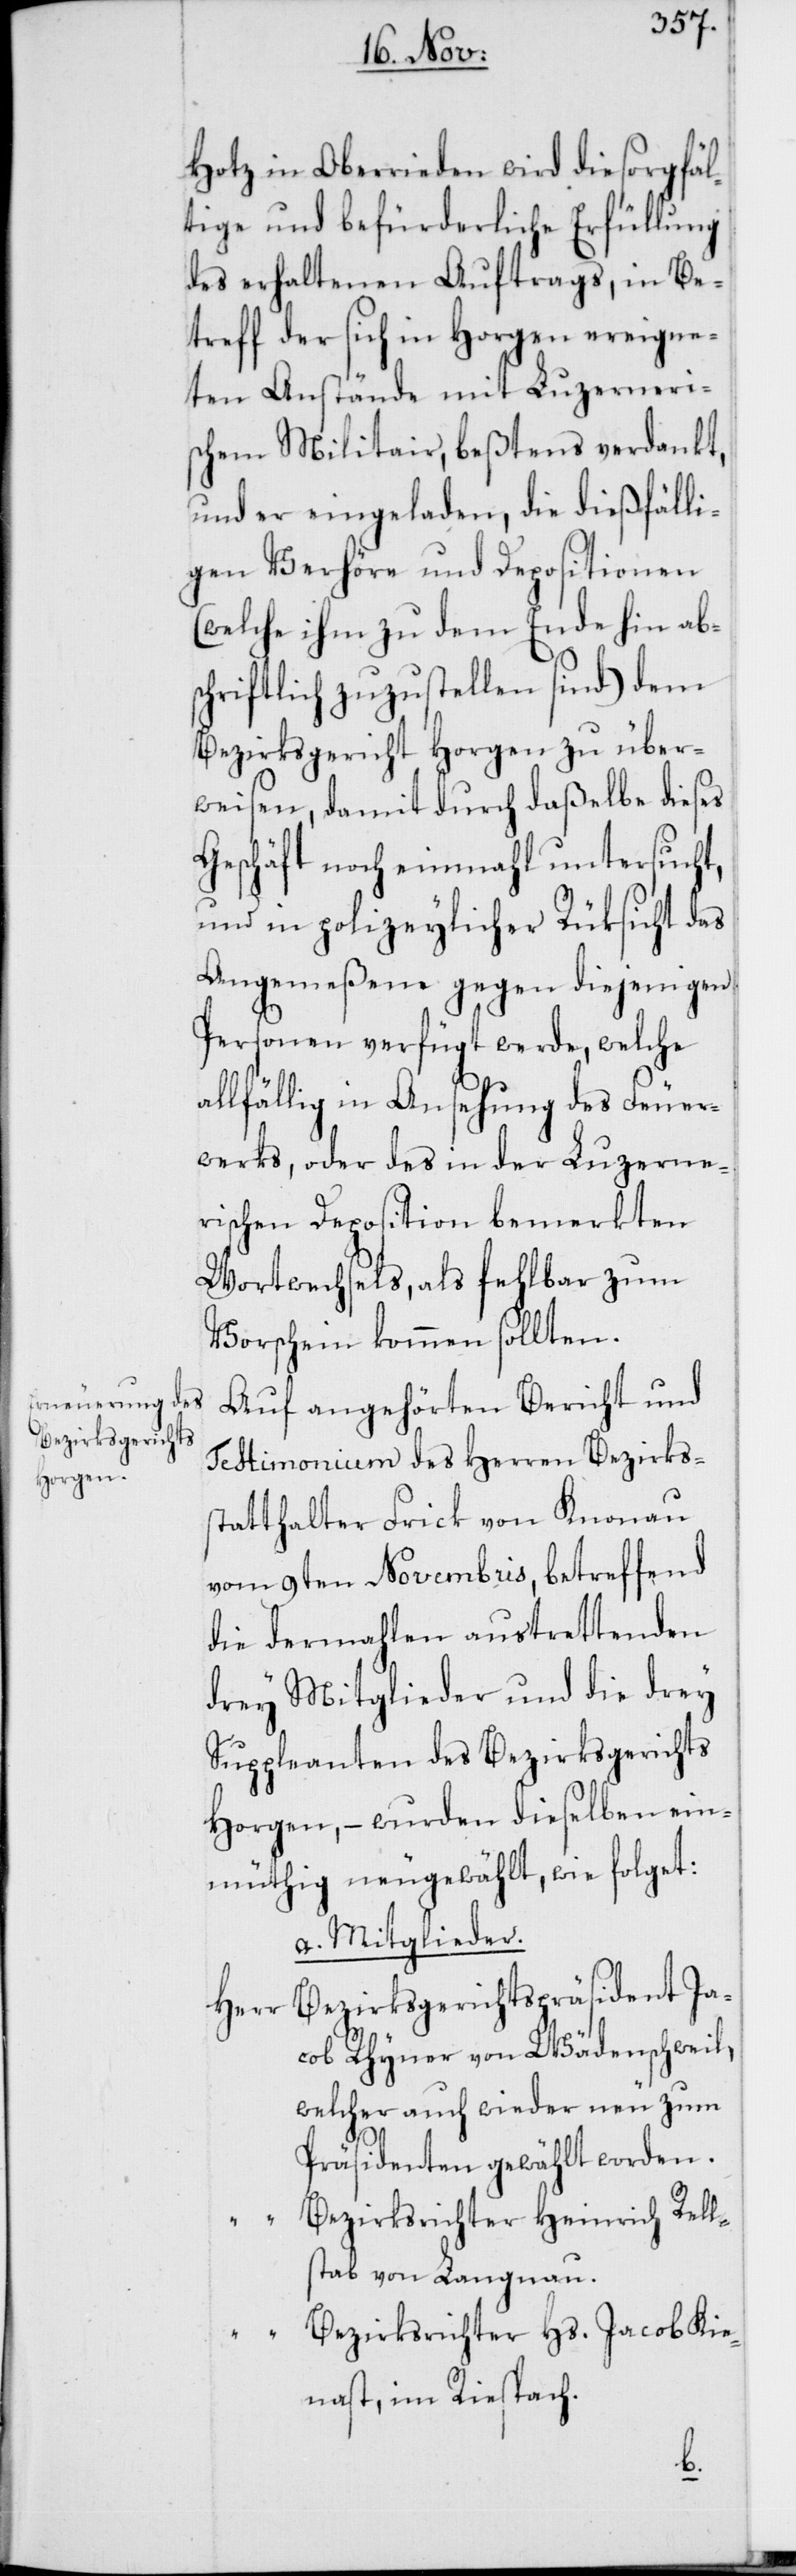
Hotz in Oberrieden wird die sorgfäl¬
tige und befürderliche Erfüllung
des erhaltenen Auftrags, in Be¬
treff der sich in Horgen ereigne¬
ten Anstände mit Luzerneri¬
schem Militair, beßtens verdankt,
und er eingeladen, die dießfälli¬
gen Verhöre und Depositionen
(welche ihm zu dem Ende hin ab¬
schriftlich zuzustellen sind) dem
Bezirksgericht Horgen zu über¬
weisen, damit durch daßelbe dieses
Geschäft noch einmahl untersucht,
und in polizeylicher Rüksicht das
Angemeßene gegen diejenigen
Personen verfügt werde, welche
allfällig in Ansehung des Feuer¬
werks, oder des in der Luzerne¬
rischen Deposition bemerkten
Wortwechsel, als fehlbar zum
Vorschein kommen sollten.
Auf angehörten Bericht und
Testimonium des Herren Bezirks¬
statthalter Frick von Knonau
vom 9ten Novembris, betreffend
die dermahlen austrettenden
drey Mitglieder und die drey
Suppleanten des Bezirksgerichts
Horgen, – wurden dieselben ein¬
müthig neugewählt, wie folget:
a. Mitglieder.
Bezirksgerichtspräsident Ja¬
Herr
cob Rhyner von Wädenschweil,
welcher auch wieder neu zum
Präsidenten gewählt worden.
Bezirksrichter Heinrich Rells¬
tab von Langnau.
“ Bezirksrichter Hs. Jacob Kie¬
nast, im Riespach.